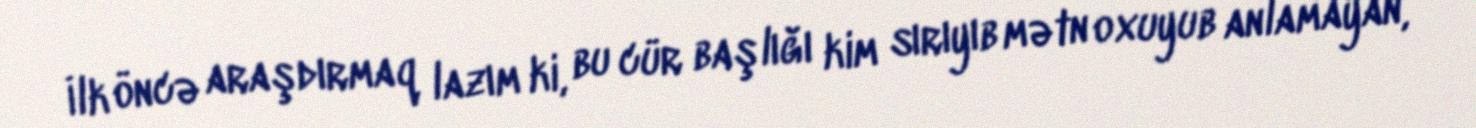
İlk öncə araşdırmaq lazım ki, bu cür başlığı kim sırıyıb mətn oxuyub anlamayan,